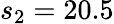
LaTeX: s_{2}=20.5